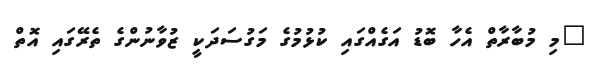
"މި މުބާރާތް އެހާ ބޮޑު އަގެއްގައި ކުޅުމުގެ މަގުސަދަކީ ޒުވާނުންގެ ތެރޭގައި އޮތް